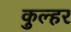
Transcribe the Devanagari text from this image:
कुल्हर